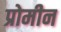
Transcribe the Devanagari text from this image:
प्रोमीन